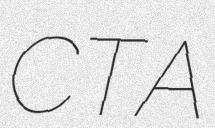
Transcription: CTA